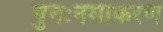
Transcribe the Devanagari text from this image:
पुनःनमीकरण